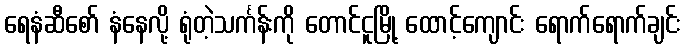
ရေနံဆီစော် နံနေလို့ ရုံတဲ့သင်္ကန်းကို တောင်ငူမြို့ ထောင့်ကျောင်း ရောက်ရောက်ချင်း